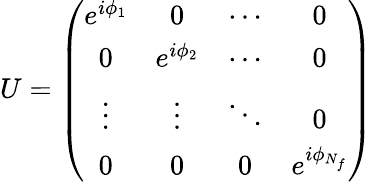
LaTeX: U=\left(\begin{array}{cccc}{{e^{i\phi_{1}}}}&{{0}}&{{\cdots}}&{{0}}\\ {{0}}&{{e^{i\phi_{2}}}}&{{\cdots}}&{{0}}\\ {{\vdots}}&{{\vdots}}&{{\ddots}}&{{0}}\\ {{0}}&{{0}}&{{0}}&{{e^{i\phi_{N_{f}}}}}\end{array}\right)